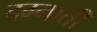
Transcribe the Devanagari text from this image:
दम्नाती